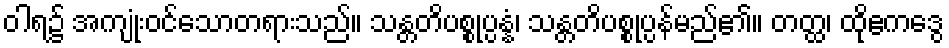
ဝါရ၌ အကျုံးဝင်သောတရားသည်။ သန္တတိပစ္စုပ္ပန္နံ၊ သန္တတိပစ္စုပ္ပန်မည်၏။ တတ္ထ၊ ထိုဧကဒွေ